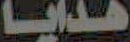
هدايا